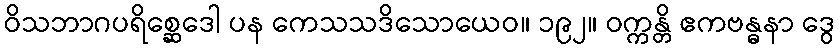
ဝိသဘာဂပရိစ္ဆေဒေါ ပန ကေသသဒိသောယေဝ။ ၁၉၂။ ဝက္ကန္တိ ဧကဗန္ဓနာ ဒွေ